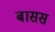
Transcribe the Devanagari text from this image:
बासस